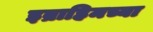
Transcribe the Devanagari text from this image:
इब्राहिमच्या